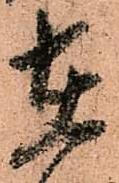
在